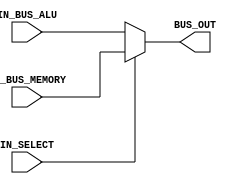
module C_BUS_MUX #(parameter BUS_WITH = 32)(
IN_BUS_MEMORY,
 IN_BUS_ALU,
 BUS_OUT,
 IN_SELECT
 );

//=======================================================
//  PORT declarations
//=======================================================
	input [BUS_WITH-1:0] IN_BUS_MEMORY ;
	input [BUS_WITH-1:0] IN_BUS_ALU;
	input IN_SELECT;
	output reg [BUS_WITH-1:0] BUS_OUT ;

	//=======================================================
	//  Structural coding
	//=======================================================
	//INPUT LOGIC: COMBINATIONAL

	always @(*) begin
		if (IN_SELECT == 1)
			BUS_OUT = IN_BUS_MEMORY;
		else
			BUS_OUT = IN_BUS_ALU;			
	end 
endmodule